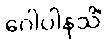
ဂေါပါနသိံ